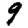
Digit: 9